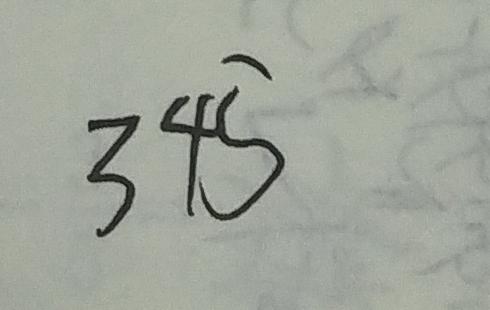
3 4 5